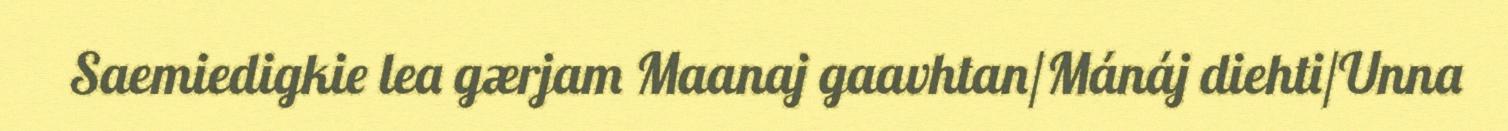
Saemiedigkie lea gærjam Maanaj gaavhtan/Mánáj diehti/Unna